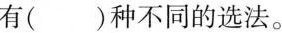
有()种不同的选法。